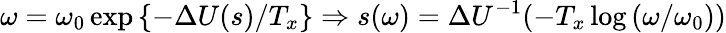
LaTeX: \omega=\omega_{0}\exp\left\{ -\Delta U(s)/T_{x}\right\} \Rightarrow s(\omega)=\Delta U^{-1}(-T_{x}\log\left(\omega/\omega_{0}\right))